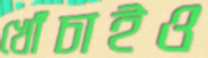
খোঁচাইও